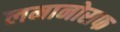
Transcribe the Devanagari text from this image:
लमानोसफ